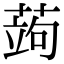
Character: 蒟